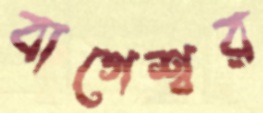
বাগেশ্বর